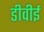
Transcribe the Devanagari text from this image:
डीवीई